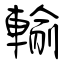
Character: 輸